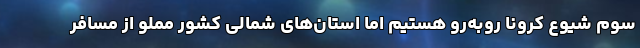
سوم شیوع کرونا روبه‌رو هستیم اما استان‌های شمالی کشور مملو از مسافر